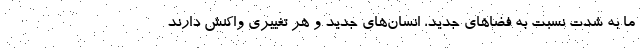
ما به شدت نسبت به فضاهای جدید، انسان‌های جدید و هر تغییری واکنش دارند